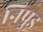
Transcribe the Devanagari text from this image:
निपुड़